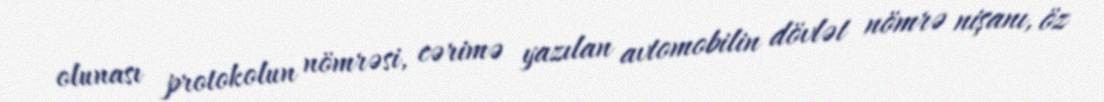
olunası protokolun nömrəsi, cərimə yazılan avtomobilin dövlət nömrə nişanı, öz